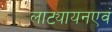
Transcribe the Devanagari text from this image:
लाट्यायनएवं